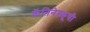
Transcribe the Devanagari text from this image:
कॅनिनेस्कूची